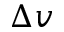
\Delta v